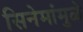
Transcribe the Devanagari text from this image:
सिनेमांमुळे